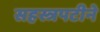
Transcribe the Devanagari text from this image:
सहस्त्रपटीने